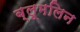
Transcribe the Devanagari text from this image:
ब्लूमलिन